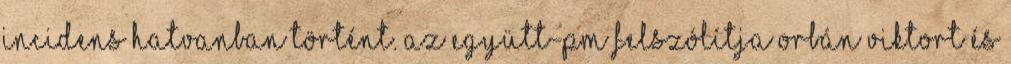
incidens Hatvanban történt. Az Együtt-PM felszólítja Orbán Viktort és